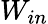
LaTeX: W_{in}